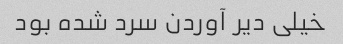
خیلی دیر آوردن سرد شده بود